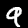
Digit: 9